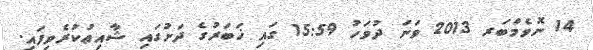
14 ނޮވެމްބަރ 2013 ވަނަ ދުވަހު 15:59 ގައި ޚަބަރުގެ ދަށުގައި ޝާއިޢުކުރެވިފައި.